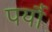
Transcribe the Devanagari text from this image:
पर्यौ